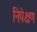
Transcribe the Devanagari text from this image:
निपेक्षण